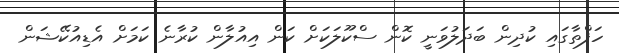
ހަފްތާގައި ކުދިން ބަދަލުވަނީ ކޮން ސްކޫލަކަށް ކަން އިއުލާން ކުރާނެ ކަމަށް އެޑިއުކޭޝަން